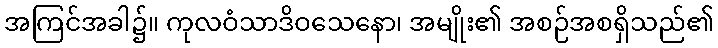
အကြင်အခါ၌။ ကုလဝံသာဒိဝသေနော၊ အမျိုး၏ အစဉ်အစရှိသည်၏